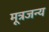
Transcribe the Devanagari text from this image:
मूत्रजन्य